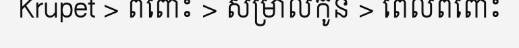
Krupet > ពពោះ > សម្រាលកូន > ពេលពពោះ